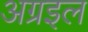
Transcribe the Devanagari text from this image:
अग्रइल